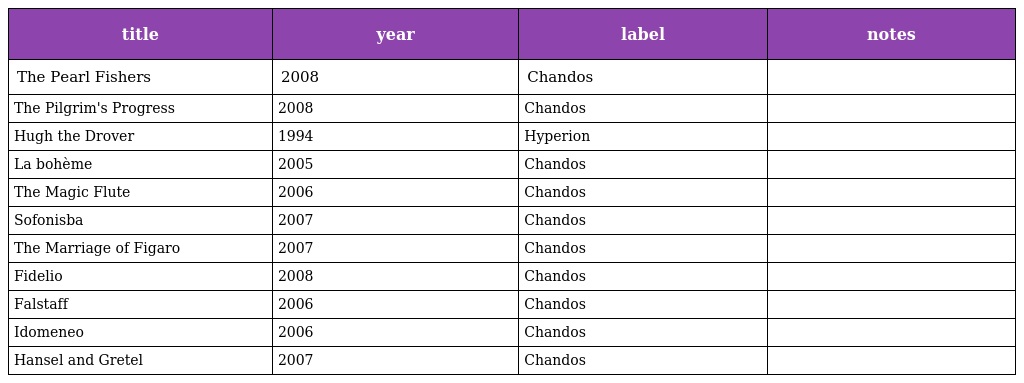
| title | year | label | notes |
 | --- | --- | --- | --- |
 | The Pearl Fishers | 2008 | Chandos |  |
 | The Pilgrim's Progress | 2008 | Chandos |  |
 | Hugh the Drover | 1994 | Hyperion |  |
 | La bohème | 2005 | Chandos |  |
 | The Magic Flute | 2006 | Chandos |  |
 | Sofonisba | 2007 | Chandos |  |
 | The Marriage of Figaro | 2007 | Chandos |  |
 | Fidelio | 2008 | Chandos |  |
 | Falstaff | 2006 | Chandos |  |
 | Idomeneo | 2006 | Chandos |  |
 | Hansel and Gretel | 2007 | Chandos |  |